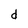
Character: d